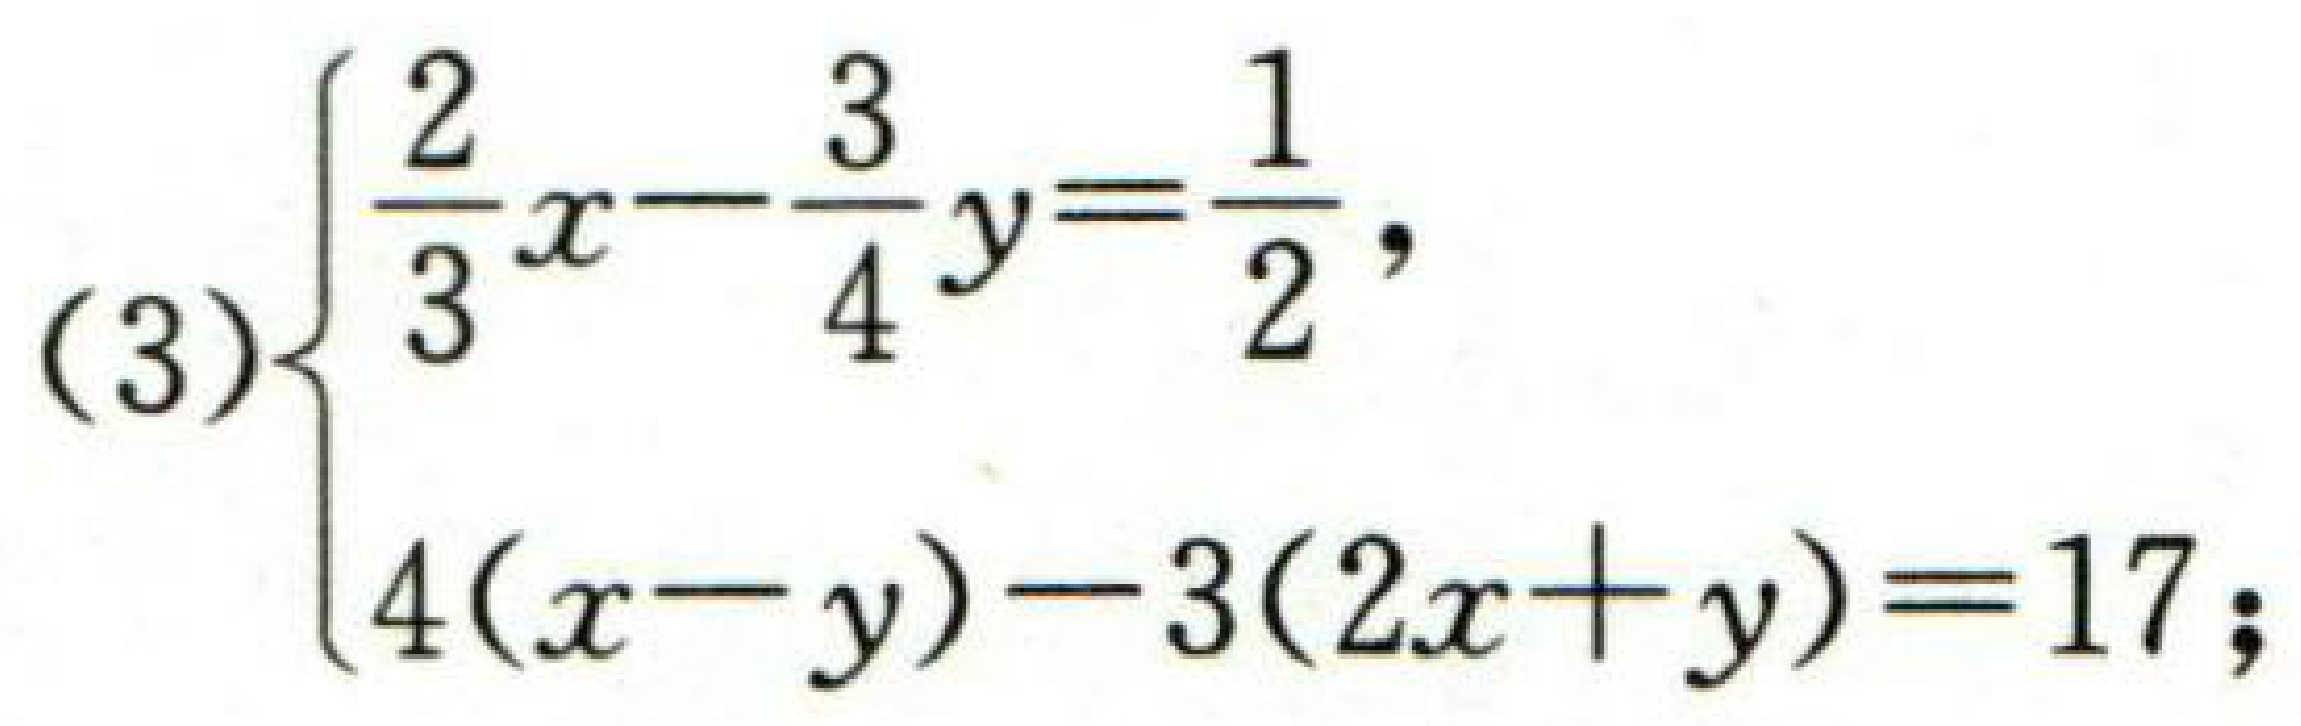
(3)$\begin{cases}\dfrac{2}{3}x - \dfrac{3}{4}y = \dfrac{1}{2},\\4(x - y)-3(2x + y)=17;\end{cases}$